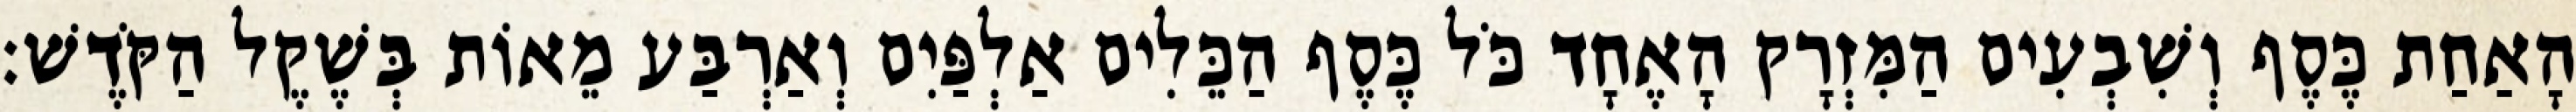
הָאַחַת כֶּסֶף וְשִׁבְעִים הַמִּזְרָק הָאֶחָד כֹּל כֶּסֶף הַכֵּלִים אַלְפַּיִם וְאַרְבַּע מֵאוֹת בְּשֶׁקֶל הַקֹּדֶשׁ׃